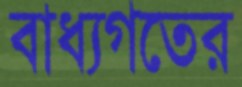
বাধ্যগতের